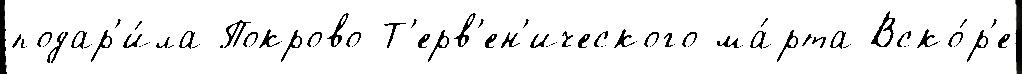
подар'и́ла Покрово-Т'ерв'ен'ического ма́рта Вско́р'е